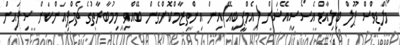
މޯލްޑިވްސް ޕޫލް ބިލިއާޑް އެސޯސިއޭޝަން (އެމްޕީބީއޭ)އިން އިންތިޒާމްކޮށްގެން ބޭއްވި މިމުބާރާތުގެ ޗެމްޕިއަންކަން ސިފައިން